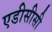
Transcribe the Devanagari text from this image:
एडीसीसी